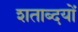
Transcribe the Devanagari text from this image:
शताब्दयों